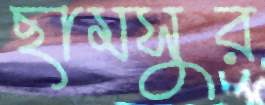
ছামসুর